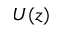
U ( z )